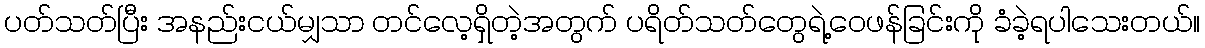
ပတ်သတ်ပြီး အနည်းငယ်မျှသာ တင်လေ့ရှိတဲ့အတွက် ပရိတ်သတ်တွေရဲ့ဝေဖန်ခြင်းကို ခံခဲ့ရပါသေးတယ်။